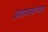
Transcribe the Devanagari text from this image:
उद्यापनाच्या